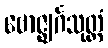
ဗောဇ္ဈင်္ဂသုတ္တံ